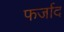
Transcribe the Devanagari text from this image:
फर्जाद